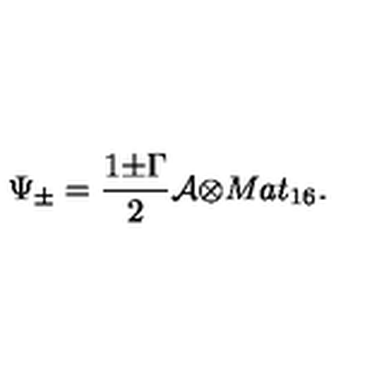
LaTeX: { \Psi } _ { \pm } = \frac { 1 { \pm } { \Gamma } } { 2 } { \cal A } { \otimes } M a t _ { 1 6 } .